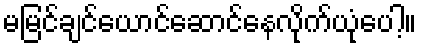
မမြင်ချင်ယောင်ဆောင်နေလိုက်ယုံပေါ့။